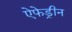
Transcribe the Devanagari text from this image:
ऐफेड्रीन